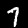
Digit: 7